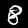
Label: 8